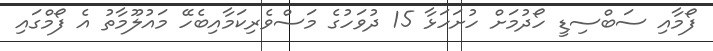
ފޯމާއި ސަބްސިޑީ ހޯދުމަށް ހުށަހަޅާ 15 ދުވަހުގެ މަސްވެރިކަމާއިބެހޭ މައުލޫމާތު އެ ފޯމްގައި